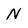
Character: N